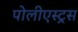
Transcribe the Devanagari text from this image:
पोलीएस्ट्रस